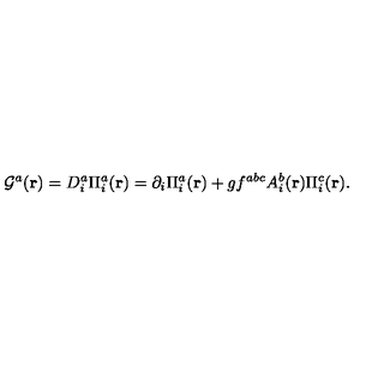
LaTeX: { \cal G } ^ { a } ( { \bf r } ) = D _ { i } ^ { a } \Pi _ { i } ^ { a } ( { \bf r } ) = \partial _ { i } \Pi _ { i } ^ { a } ( { \bf r } ) + g f ^ { a b c } A _ { i } ^ { b } ( { \bf r } ) \Pi _ { i } ^ { c } ( { \bf r } ) .